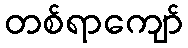
တစ်ရာကျော်